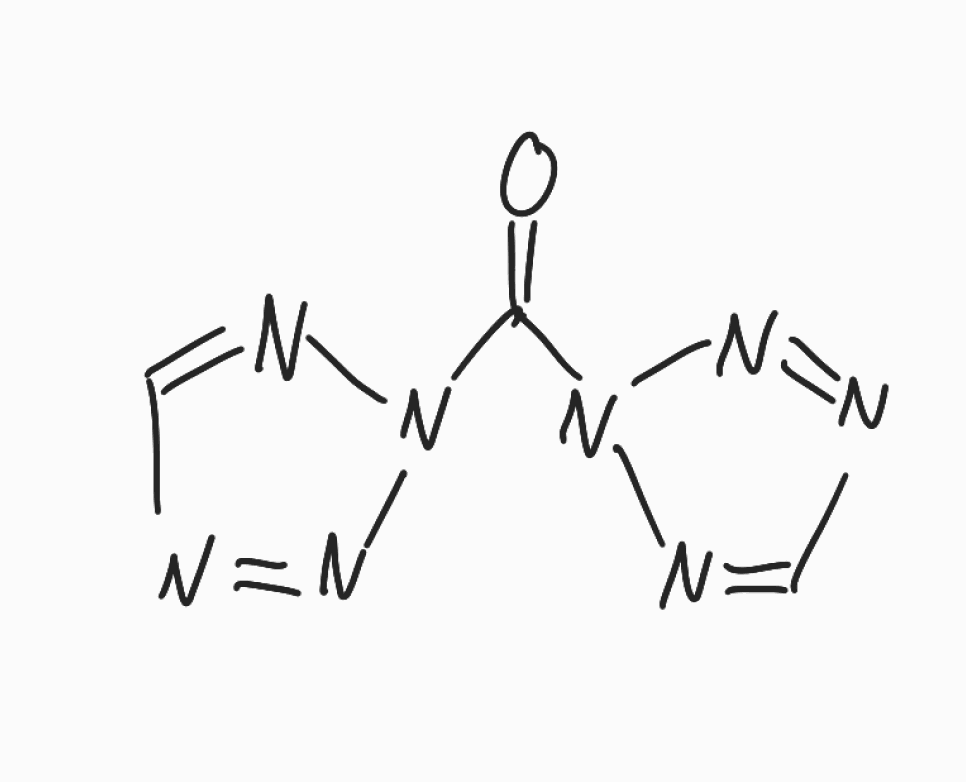
Simplified molecular-input line-entry system (SMILES) notation of the given molecule:
C1=NN(N=N1)C(=O)N2N=CN=N2